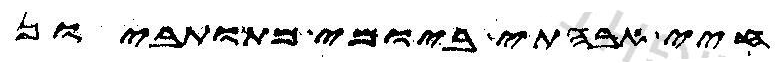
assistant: חיי אבהתי ביומי מתותביון